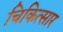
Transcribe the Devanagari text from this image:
चिकित्सार